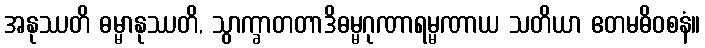
အနုဿတိ ဓမ္မာနုဿတိ, သွာက္ခာတတာဒိဓမ္မဂုဏာရမ္မဏာယ သတိယာ ဧတမဓိဝစနံ။